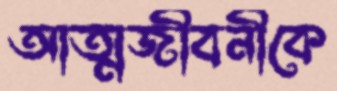
আত্মজীবনীকে